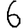
Digit: 6